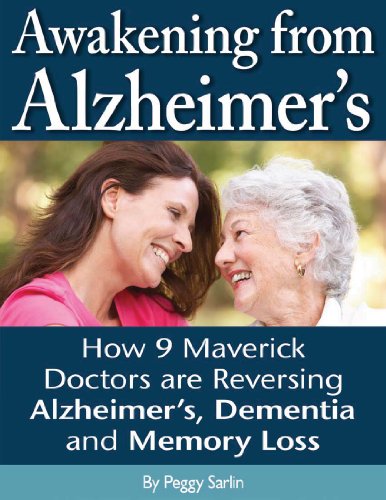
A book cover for Awakening From Alzheimer's: How 9 Maverick Doctors are Reversing Alzheimers; Peggy Sarlin; Health, Fitness & Dieting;